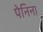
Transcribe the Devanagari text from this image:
पेनिना